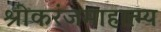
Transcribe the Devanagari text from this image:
श्रीकरंजमाहात्म्य